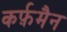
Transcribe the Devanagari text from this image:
कर्फ़मैन